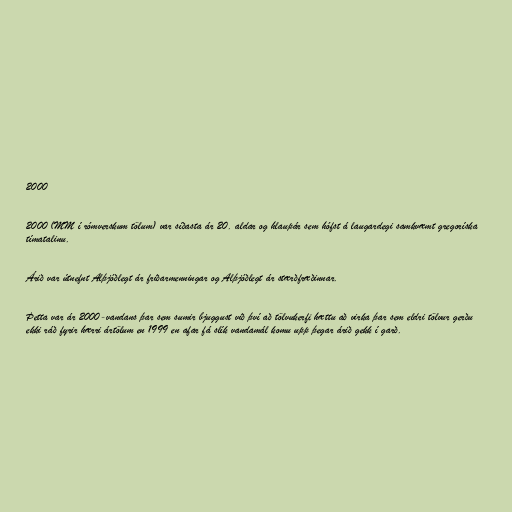
2000

2000 (MM í rómverskum tölum) var síðasta ár 20. aldar og hlaupár sem hófst á laugardegi samkvæmt gregoríska
tímatalinu.

Árið var útnefnt Alþjóðlegt ár friðarmenningar og Alþjóðlegt ár stærðfræðinnar.

Þetta var ár 2000-vandans þar sem sumir bjuggust við því að tölvukerfi hættu að virka þar sem eldri tölvur gerðu
ekki ráð fyrir hærri ártölum en 1999 en afar fá slík vandamál komu upp þegar árið gekk í garð.